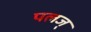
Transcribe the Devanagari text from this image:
पलज्